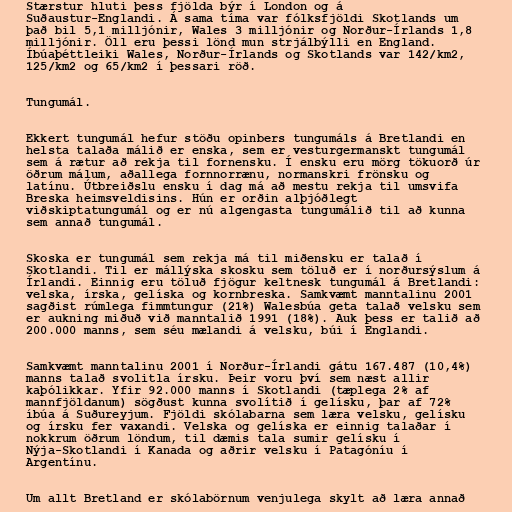
Stærstur hluti þess fjölda býr í London og á
Suðaustur-Englandi. Á sama tíma var fólksfjöldi Skotlands um
það bil 5,1 milljónir, Wales 3 milljónir og Norður-Írlands 1,8
milljónir. Öll eru þessi lönd mun strjálbýlli en England.
Íbúaþéttleiki Wales, Norður-Írlands og Skotlands var 142/km2,
125/km2 og 65/km2 í þessari röð.

Tungumál.

Ekkert tungumál hefur stöðu opinbers tungumáls á Bretlandi en
helsta talaða málið er enska, sem er vesturgermanskt tungumál
sem á rætur að rekja til fornensku. Í ensku eru mörg tökuorð úr
öðrum málum, aðallega fornnorrænu, normanskri frönsku og
latínu. Útbreiðslu ensku í dag má að mestu rekja til umsvifa
Breska heimsveldisins. Hún er orðin alþjóðlegt
viðskiptatungumál og er nú algengasta tungumálið til að kunna
sem annað tungumál.

Skoska er tungumál sem rekja má til miðensku er talað í
Skotlandi. Til er mállýska skosku sem töluð er í norðursýslum á
Írlandi. Einnig eru töluð fjögur keltnesk tungumál á Bretlandi:
velska, írska, gelíska og kornbreska. Samkvæmt manntalinu 2001
sagðist rúmlega fimmtungur (21%) Walesbúa geta talað velsku sem
er aukning miðuð við manntalið 1991 (18%). Auk þess er talið að
200.000 manns, sem séu mælandi á velsku, búi í Englandi.

Samkvæmt manntalinu 2001 í Norður-Írlandi gátu 167.487 (10,4%)
manns talað svolitla írsku. Þeir voru því sem næst allir
kaþólikkar. Yfir 92.000 manns í Skotlandi (tæplega 2% af
mannfjöldanum) sögðust kunna svolítið í gelísku, þar af 72%
íbúa á Suðureyjum. Fjöldi skólabarna sem læra velsku, gelísku
og írsku fer vaxandi. Velska og gelíska er einnig talaðar í
nokkrum öðrum löndum, til dæmis tala sumir gelísku í
Nýja-Skotlandi í Kanada og aðrir velsku í Patagóníu í
Argentínu.

Um allt Bretland er skólabörnum venjulega skylt að læra annað